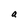
Character: a